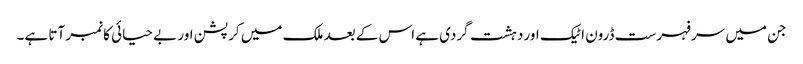
جن میں سرفہرست ڈرون اٹیک اور دہشت گردی ہے اس کے بعد ملک میں کرپشن اور بے حیائی کا نمبر آتا ہے۔